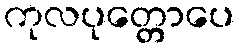
ကုလပုတ္တောပေ